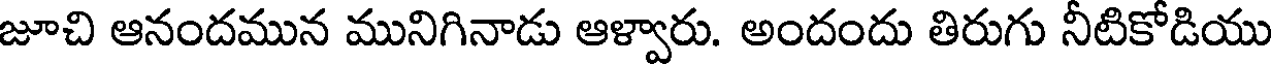
జూచి ఆనందమున మునిగినాడు ఆళ్వారు. అందందు తిరుగు నీటికోడియు